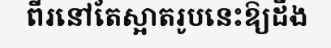
ពីរនៅតែស្អាតរូបនេះឱ្យដឹង